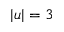
| u | = 3